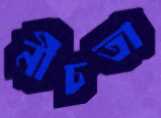
নীচতা